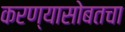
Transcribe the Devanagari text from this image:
करण्यासोबतचा